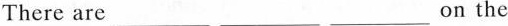
There are___ ___ ___on the